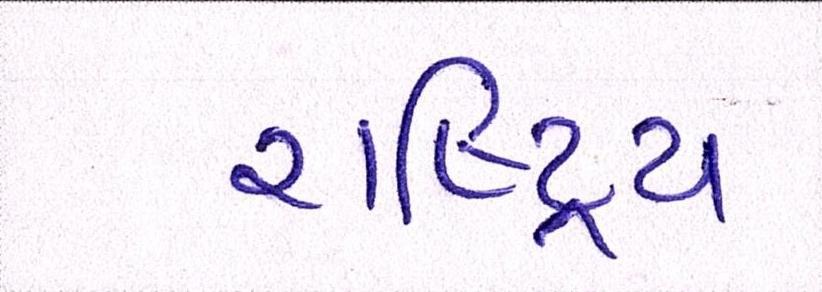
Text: રાષ્ટ્રિય